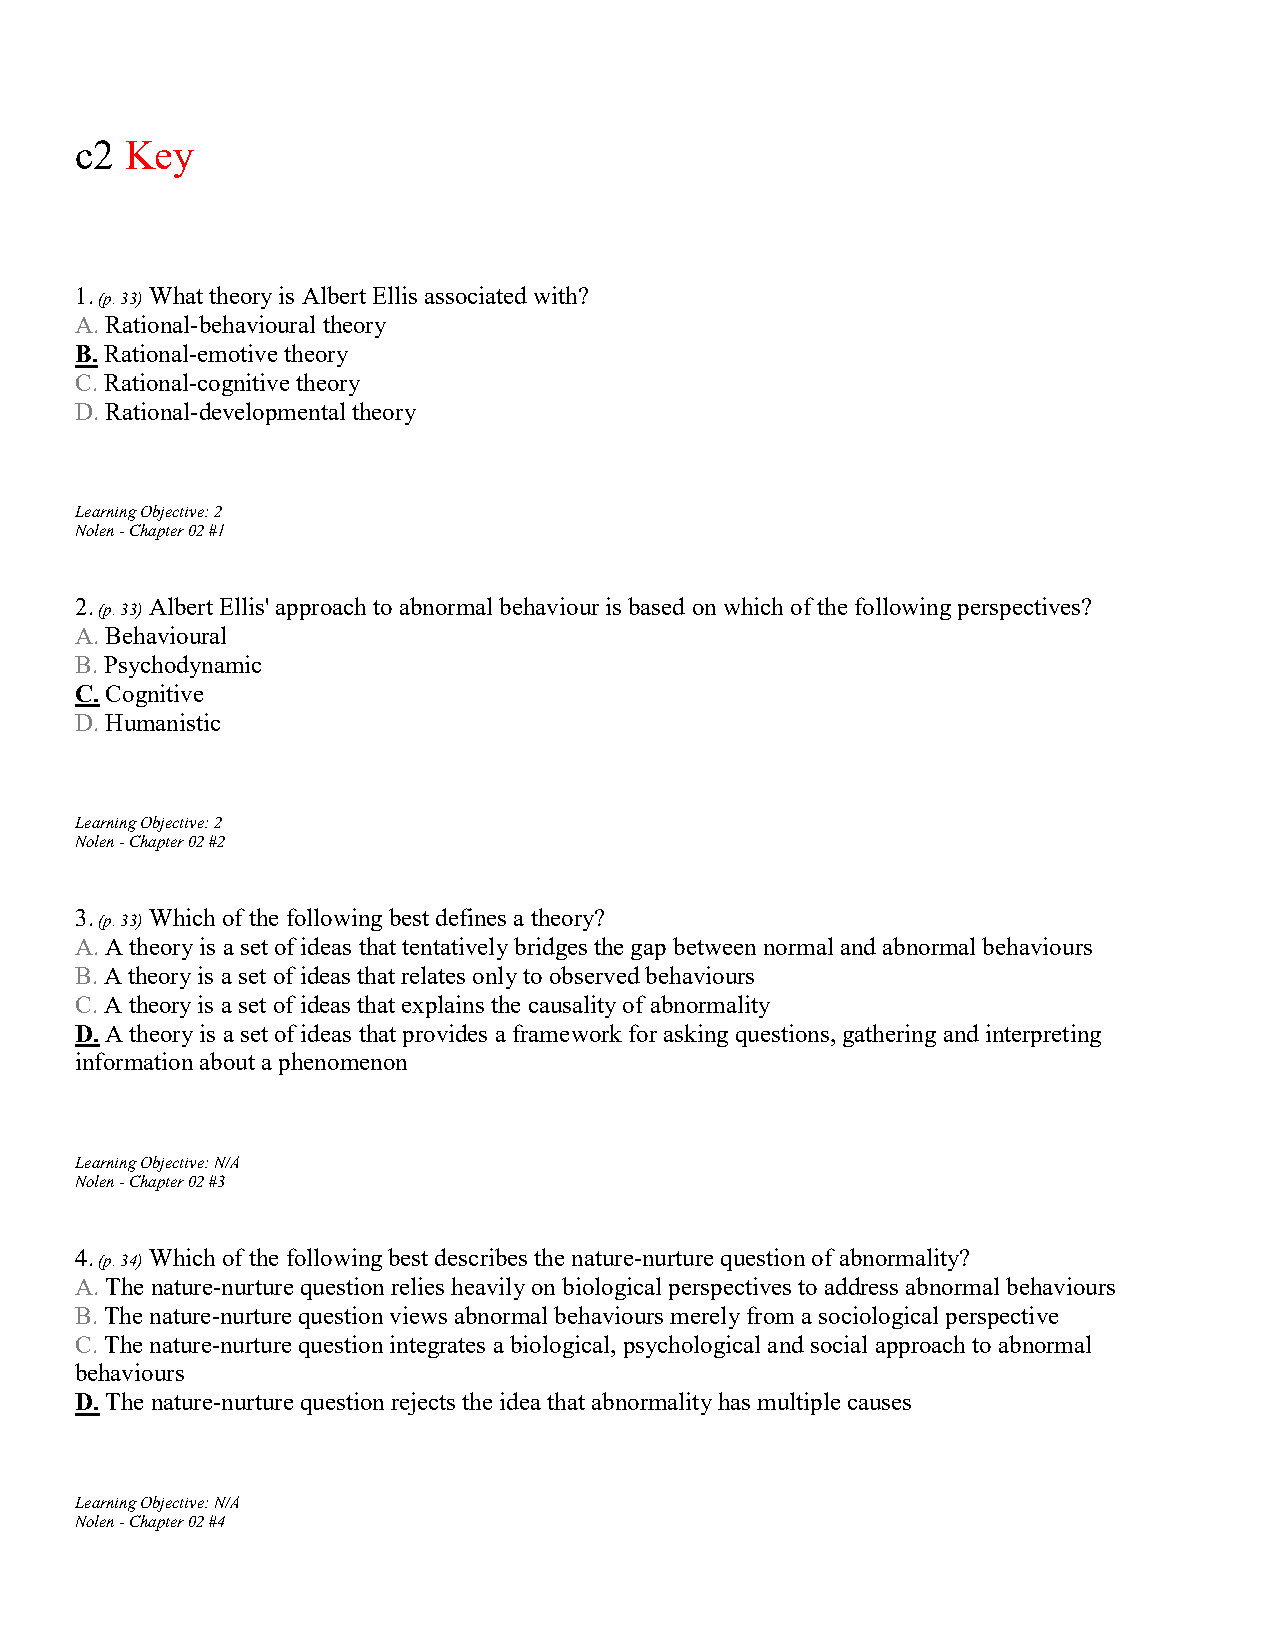
c2 Key
 1.   What theory is Albert Ellis associated with?
 (p. 33)
 A. Rational-behavioural theory
 B. Rational-emotive theory
 C. Rational-cognitive theory
 D. Rational-developmental theory
 Learning Objective: 2
 Nolen - Chapter 02 #1
 2.   Albert Ellis' approach to abnormal behaviour is based on which of the following perspectives?
 (p. 33)
 A. Behavioural
 B. Psychodynamic
 C. Cognitive
 D. Humanistic
 Learning Objective: 2
 Nolen - Chapter 02 #2
 3.   Which of the following best defines a theory?
 (p. 33)
 A. A theory is a set of ideas that tentatively bridges the gap between normal and abnormal behaviours
 B. A theory is a set of ideas that relates only to observed behaviours
 C. A theory is a set of ideas that explains the causality of abnormality
 D. A theory is a set of ideas that provides a framework for asking questions, gathering and interpreting
 information about a phenomenon
 Learning Objective: N/A
 Nolen - Chapter 02 #3
 4.   Which of the following best describes the nature-nurture question of abnormality?
 (p. 34)
 A. The nature-nurture question relies heavily on biological perspectives to address abnormal behaviours
 B. The nature-nurture question views abnormal behaviours merely from a sociological perspective
 C. The nature-nurture question integrates a biological, psychological and social approach to abnormal
 behaviours
 D. The nature-nurture question rejects the idea that abnormality has multiple causes
 Learning Objective: N/A
 Nolen - Chapter 02 #4